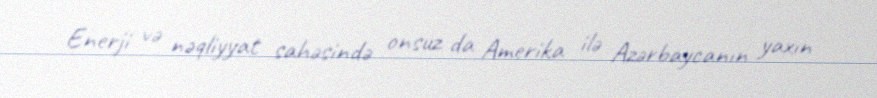
Enerji və nəqliyyat sahəsində onsuz da Amerika ilə Azərbaycanın yaxın